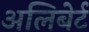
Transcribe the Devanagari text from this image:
अलिबेर्ट